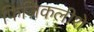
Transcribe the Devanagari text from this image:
फिज़िकलीशे